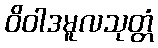
ဝိဝါဒမူလသုတ္တံ